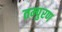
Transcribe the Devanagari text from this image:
तम्पुरण